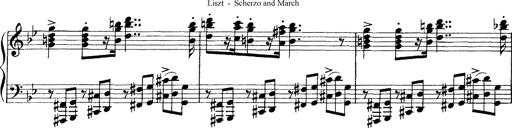
Title: Scherzo und Marsch
Composer: Franz Liszt